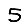
Digit: 5